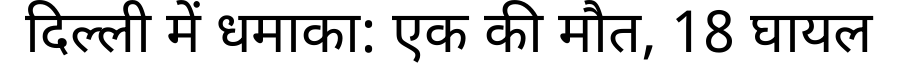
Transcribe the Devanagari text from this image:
दिल्ली में धमाका: एक की मौत, 18 घायल